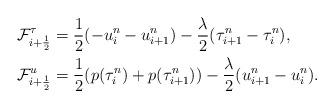
LaTeX: \begin{align*}&\mathcal{F}_{i+\frac{1}{2}}^{\tau}=\frac{1}{2}(-u_{i}^{n}-u_{i+1}^{n})-\frac{\lambda}{2}(\tau_{i+1}^{n}-\tau_{i}^{n}),\\&\mathcal{F}_{i+\frac{1}{2}}^{u}=\frac{1}{2}(p(\tau_{i}^{n})+p(\tau_{i+1}^{n}))-\frac{\lambda}{2}(u_{i+1}^{n}-u_{i}^{n}).\end{align*}